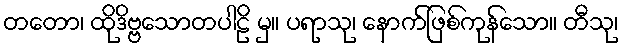
တတော၊ ထိုဒိဗ္ဗသောတပါဠိ မှ။ ပရာသု၊ နောက်ဖြစ်ကုန်သော။ တီသု၊